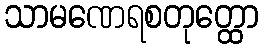
သာမဏေရစတုတ္ထော